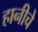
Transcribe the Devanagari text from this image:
हानीचे